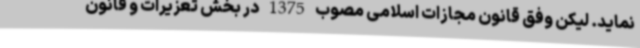
نماید. لیکن وفق قانون مجازات اسلامی مصوب 1375 در بخش تعزیرات و قانون